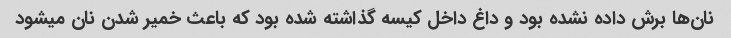
نان‌ها برش داده نشده بود و داغ داخل کیسه گذاشته شده بود که باعث خمیر شدن نان میشود